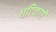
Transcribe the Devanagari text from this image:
घटिकाएँ